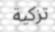
تزكية